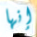
إنها